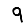
Digit: 9